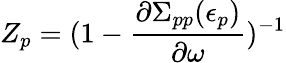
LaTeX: Z_{p}=(1-\frac{\partial\Sigma_{pp}(\epsilon_{p})}{\partial\omega})^{-1}